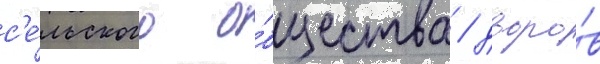
с'е́льского о́бщества / дворо́в